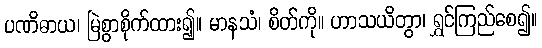
ပဏိဓာယ၊ မြဲစွာစိုက်ထား၍။ မာနသံ၊ စိတ်ကို။ ဟာသယိတွာ၊ ရွှင်ကြည်စေ၍။